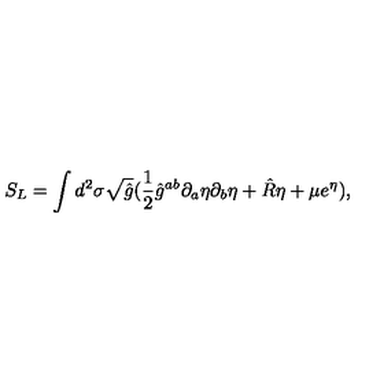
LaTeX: S _ { L } = \int d ^ { 2 } \sigma \sqrt { \hat { g } } ( \frac { 1 } { 2 } { \hat { g } } ^ { a b } \partial _ { a } \eta \partial _ { b } \eta + \hat { R } \eta + \mu e ^ { \eta } ) ,